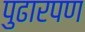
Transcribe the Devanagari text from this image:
पुढारपण